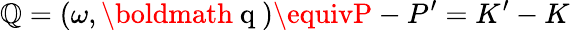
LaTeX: \mathbb{Q}=(\omega,\mathrm{{\boldmath~q~}})\equivP-P^{\prime}=K^{\prime}-K